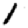
Digit: 1